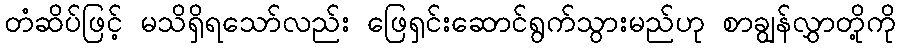
တံဆိပ်ဖြင့် မသိရှိရသော်လည်း ဖြေရှင်းဆောင်ရွက်သွားမည်ဟု စာချွန်လွှာတို့ကို